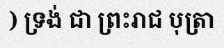
) ទ្រង់ ជា ព្រះរាជ បុត្រា